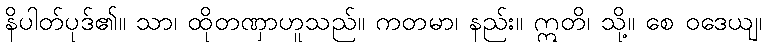
နိပါတ်ပုဒ်၏။ သာ၊ ထိုတဏှာဟူသည်။ ကတမာ၊ နည်း။ ဣတိ၊ သို့။ စေ ဝဒေယျ၊